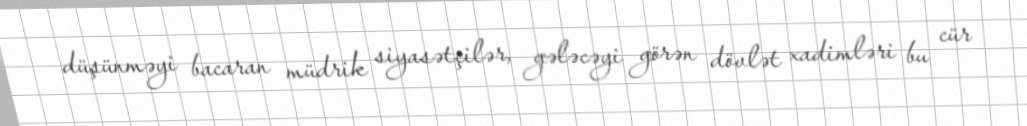
düşünməyi bacaran müdrik siyasətçilər, gələcəyi görən dövlət xadimləri bu cür